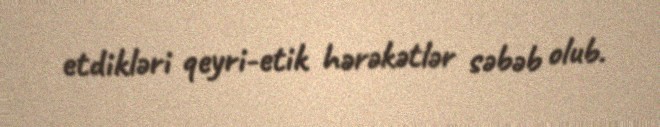
etdikləri qeyri-etik hərəkətlər səbəb olub.